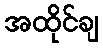
အထိုင်ချ